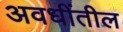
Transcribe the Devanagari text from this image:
अवधींतील